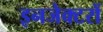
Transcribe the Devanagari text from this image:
इनजेक्टरों